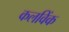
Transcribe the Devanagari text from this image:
कलविंक